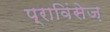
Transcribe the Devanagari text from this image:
प्राविंसेज़